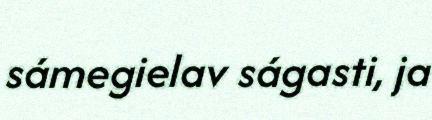
sámegielav ságasti, ja